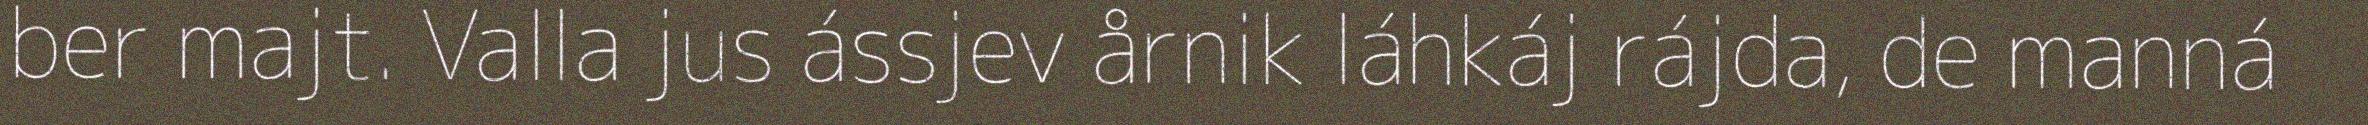
ber majt. Valla jus ássjev årnik láhkáj rájda, de manná